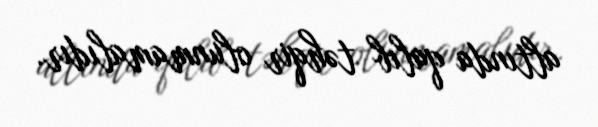
altında qalıb təhqir olunmamalıdır.